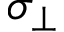
\sigma _ { \perp }